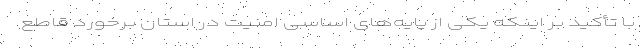
با تأکید بر اینکه یکی از پایه‌های اساسی امنیت در استان برخورد قاطع